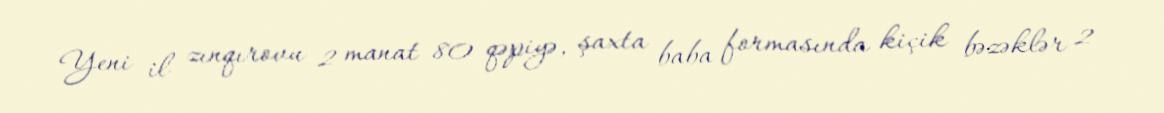
Yeni il zınqırovu 2 manat 80 qəpiyə, şaxta baba formasında kiçik bəzəklər 2